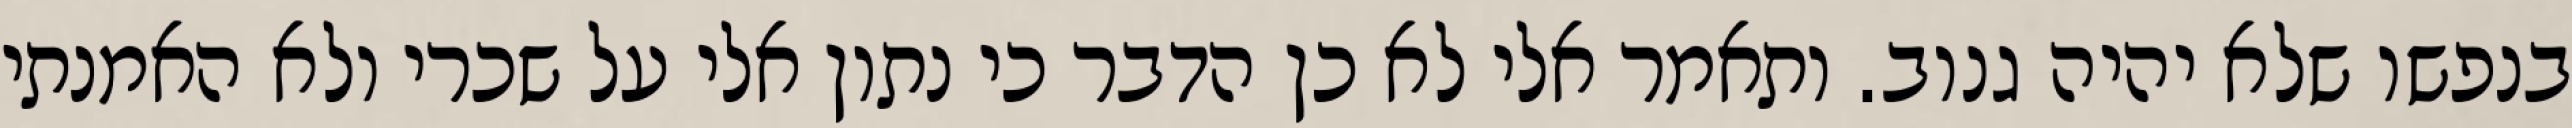
בנפשו שלא יהיה גנוב. ותאמר אלי לא כן הדבר כי נתון אלי על שכרי ולא האמנתי